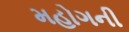
મહોગની